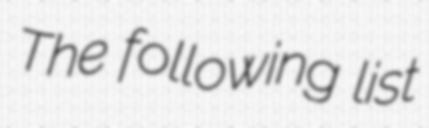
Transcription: The following list